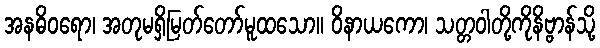
အနဓိဝရော၊ အတုမရှိမြတ်တော်မူထသော။ ဝိနာယကော၊ သတ္တဝါတို့ကိုနိဗ္ဗာန်သို့